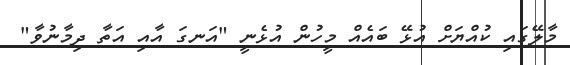
މާލޭގައި ކުއްޔަށް އުޅޭ ބައެއް މީހުން އުޅެނީ "އަނގަ އާއި އަތާ ދިމާނުވާ"